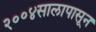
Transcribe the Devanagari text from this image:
२००४सालापासून